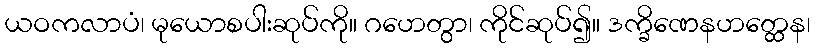
ယဝကလာပံ၊ မုယောစပါးဆုပ်ကို။ ဂဟေတွာ၊ ကိုင်ဆုပ်၍။ ဒက္ခိဏေနဟတ္ထေန၊